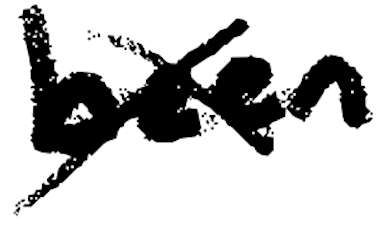
Text: been
Cross-out: mix
Writing tool: digital_black